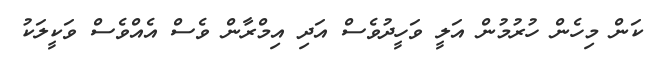
ކަން މިހެން ހުރުމުން އަލީ ވަހީދުވެސް އަދި އިމްރާން ވެސް އެއްވެސް ވަކީލަކު